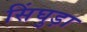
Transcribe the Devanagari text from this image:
सिंघुड़ा